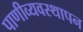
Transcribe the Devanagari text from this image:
पाणीव्यवस्थापन